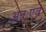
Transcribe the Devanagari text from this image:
अतःएव